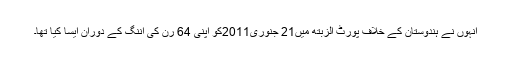
انہوں نے ہندوستان کے خلاف پورٹ الزبتھ میں21 جنوری2011کو اپنی 64 رن کی اننگ کے دوران ایسا کیا تھا۔